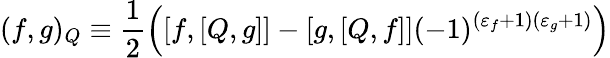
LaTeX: (f,g)_{Q}\equiv\frac{1}{2}\left([f,[Q,g]]-[g,[Q,f]](-1)^{(\varepsilon_{f}+1)(\varepsilon_{g}+1)}\right)